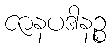
ဇာနပဒါနဉ္စ